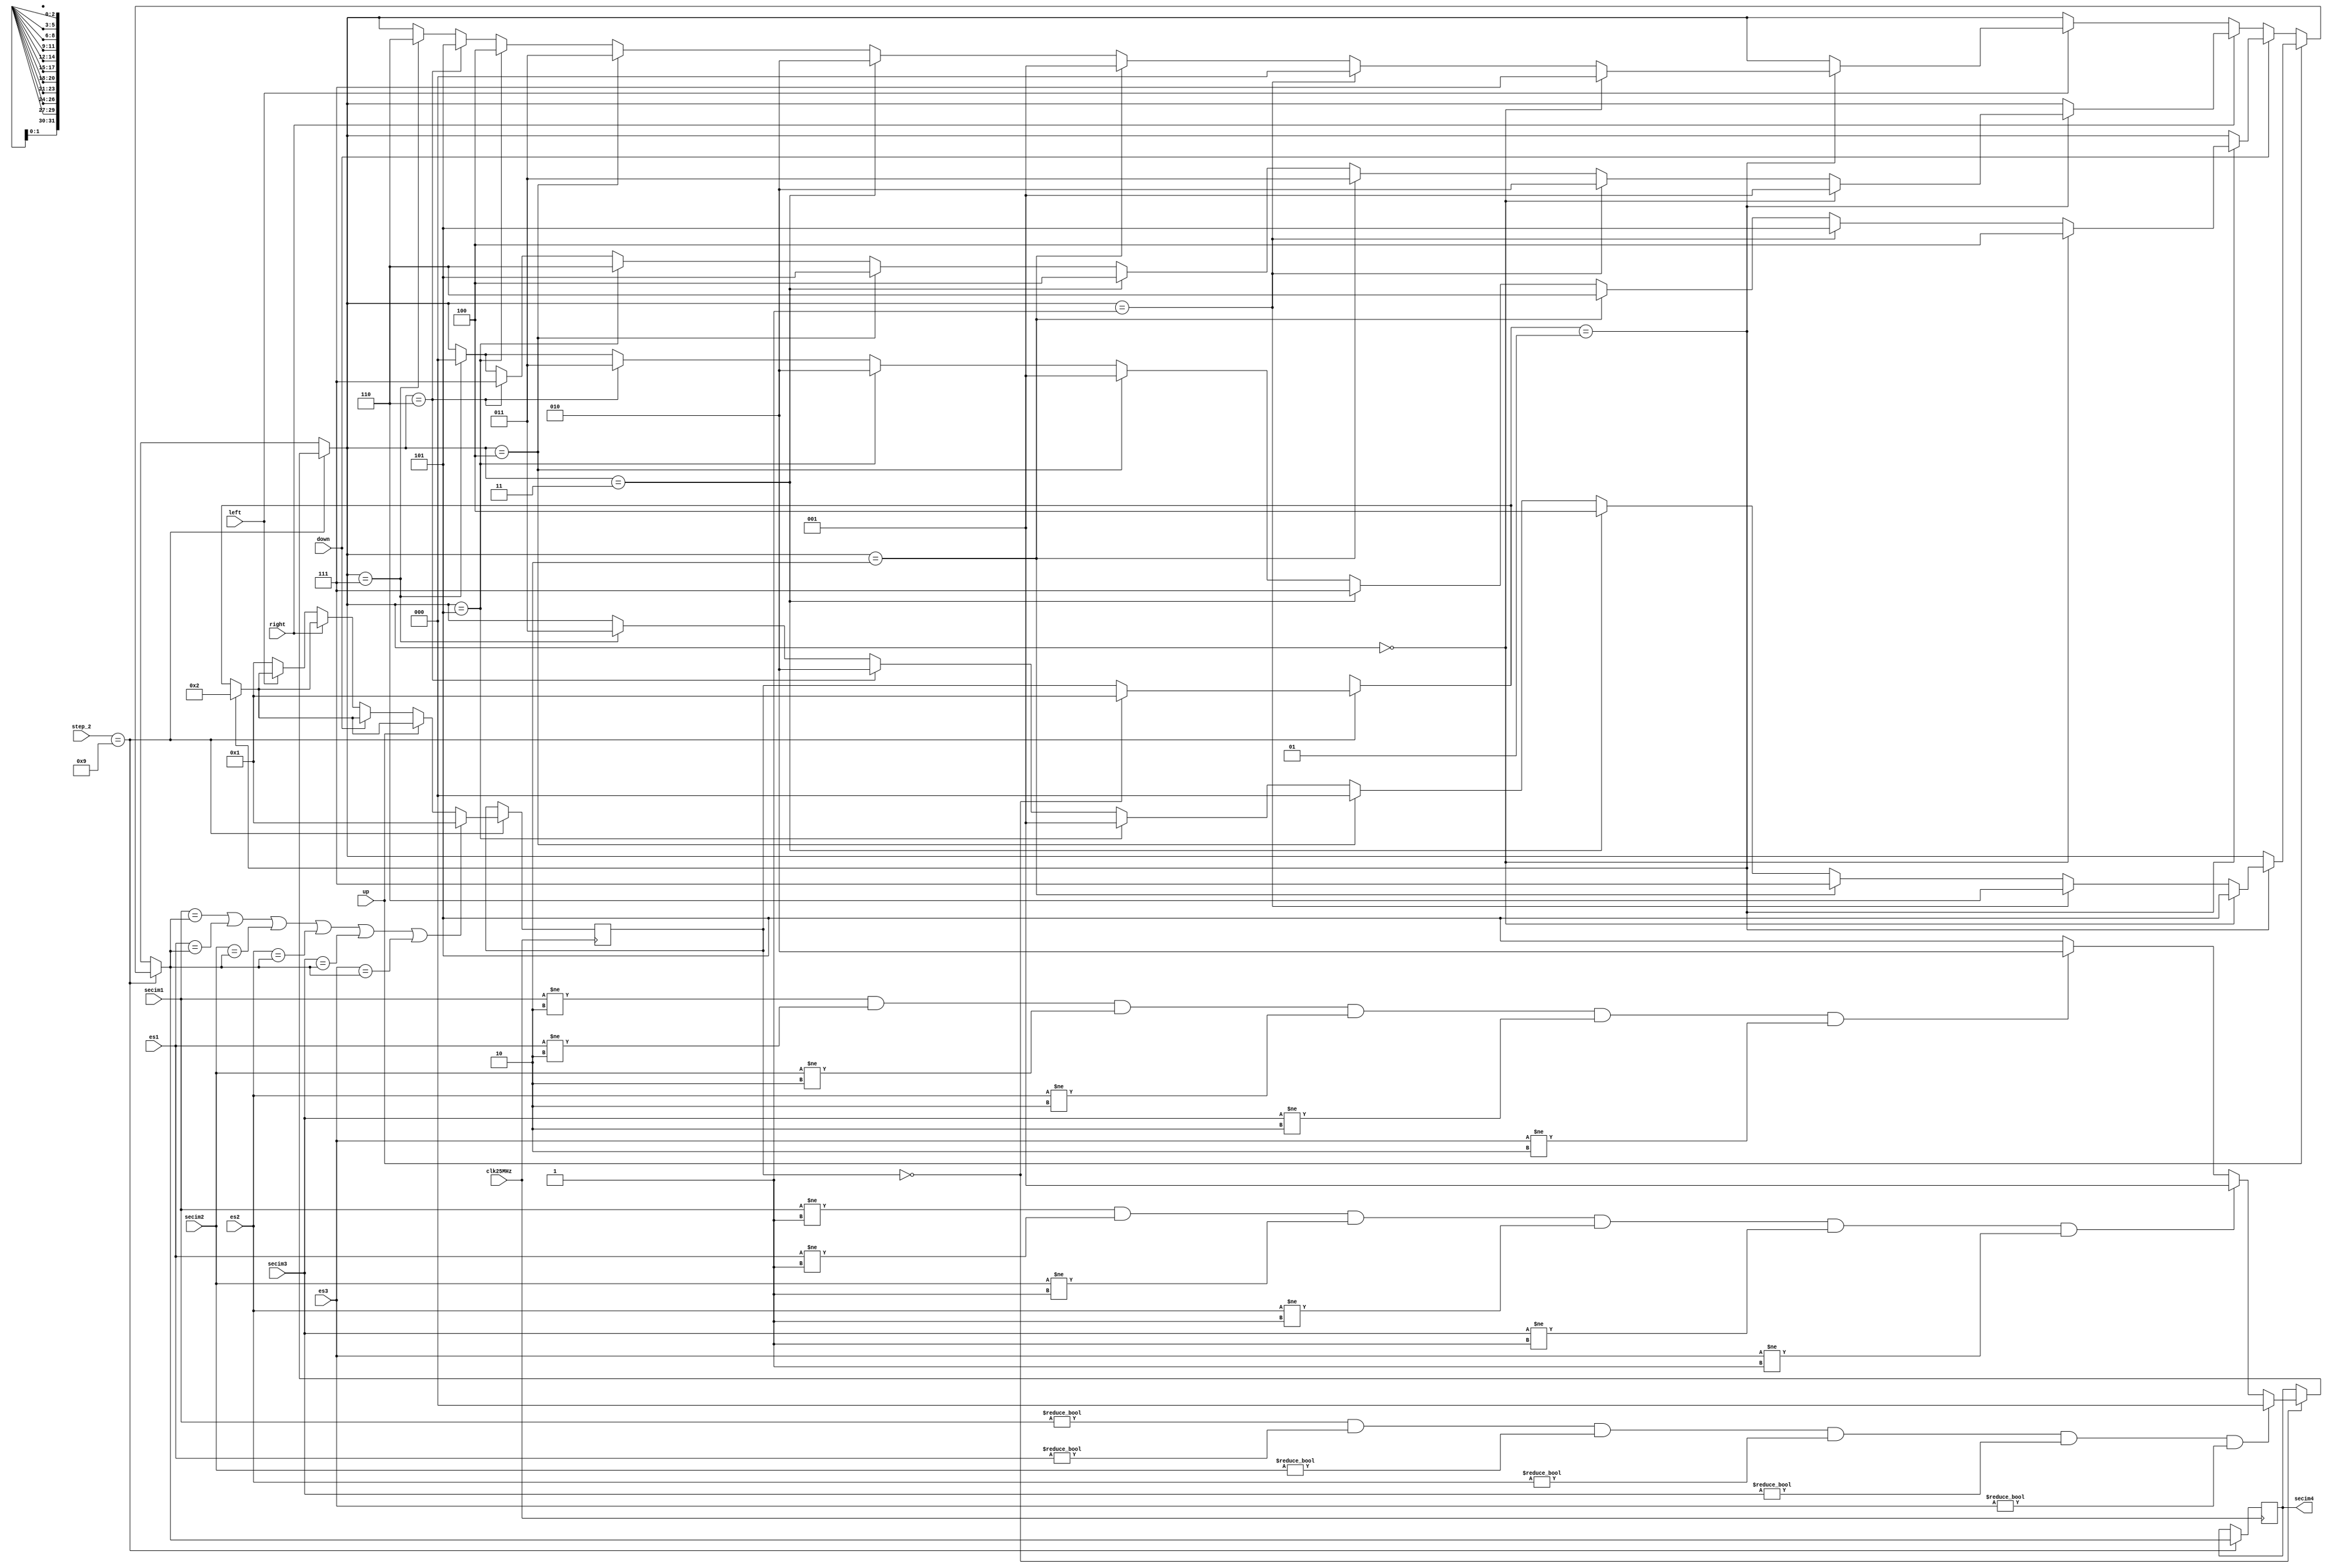
module step9(
		input clk25MHz,
		input up,
		input down,
		input right,
		input left,	
		input [3:0] step_2,
		input [2:0] secim1,
		input [2:0] secim2,
		input [2:0] secim3,
		input [2:0] es1,
		input [2:0] es2,
		input [2:0] es3,
		
		output reg [2:0] secim4
    );
	 
	parameter [2:0] kare0=3'b000, kare1=3'b001, kare2=3'b010, kare3=3'b011, kare4=3'b100, kare5=3'b101, kare6=3'b110, kare7=3'b111;
	integer mover=0;
	initial
	secim4<=kare0;
	
	always@(posedge clk25MHz)begin
		if(step_2==4'b1001)begin
			if(mover==0)begin
				mover=1;
				if((secim1 != kare0) && (es1 != kare0) && (secim2 != kare0) && (es2 != kare0) && (secim3!=kare0) && (es3!=kare0))
					secim4=kare0;
				else if((secim1 != kare1) && (es1 != kare1) && (secim2 != kare1) && (es2 != kare1) && (secim3!=kare1) && (es3!=kare1))
					secim4=kare1;
				else if((secim1 != kare2) && (es1 != kare2) && (secim2 != kare2) && (es2 != kare2) && (secim3!=kare2) && (es3!=kare2))
					secim4=kare2;
				else 
					secim4=kare5;
			end
			if(up)begin
				if(mover == 1)begin
					mover=2;
					if(secim4==kare0)
						secim4=kare5;
					else if(secim4==kare1)
						secim4=kare6;
					else if(secim4==kare2)
						secim4=kare7;
					else if(secim4==kare3)
						secim4=kare4;
					else if(secim4==kare4)
						secim4=kare0;
					else if(secim4==kare5)
						secim4=kare1;
					else if(secim4==kare6)
						secim4=kare2;
					else if(secim4==kare7)
						secim4=kare3;
				end
			end
			else if(down)begin
				if(mover==1)begin
					mover=2;
					if(secim4==3'b000)
						secim4=kare4;
					else if(secim4==3'b001)
						secim4=kare5;
					else if(secim4==3'b010)
						secim4=kare6;
					else if(secim4==3'b011)
						secim4=kare7;
					else if(secim4==3'b100)
						secim4=kare1;
					else if(secim4==3'b101)
						secim4=kare2;
					else if(secim4==3'b110)
						secim4=kare3;
					else if(secim4==3'b111)
						secim4=kare0;
				end
			end
			else if(right)begin
				if(mover==1)begin
					mover=2;
					if(secim4==3'b000)
						secim4=kare1;
					else if(secim4==3'b001)
						secim4=kare2;
					else if(secim4==3'b010)
						secim4=kare3;
					else if(secim4==3'b011)
						secim4=kare4;
					else if(secim4==3'b100)
						secim4=kare5;
					else if(secim4==3'b101)
						secim4=kare6;
					else if(secim4==3'b110)
						secim4=kare7;
					else if(secim4==3'b111)
						secim4=kare0;		
				end
			end
			else if(left)begin
				if(mover==1)begin
					mover=2;
					if(secim4==3'b000)
						secim4=kare7;
					else if(secim4==3'b001)
						secim4=kare0;
					else if(secim4==3'b010)
						secim4=kare1;
					else if(secim4==3'b011)
						secim4=kare2;
					else if(secim4==3'b100)
						secim4=kare3;
					else if(secim4==3'b101)
						secim4=kare4;
					else if(secim4==3'b110)
						secim4=kare5;
					else if(secim4==3'b111)
						secim4=kare6;
				end
			end
			else
				mover = 1;
			if(secim1==secim4 || es1==secim4 || secim2==secim4 || es2==secim4 || secim3==secim4 || es3==secim4)
				mover = 1;
		end
	end


endmodule